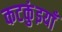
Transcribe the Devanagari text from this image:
कटकुंइयाँ